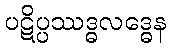
ပဋိပ္ပဿဒ္ဓလဒ္ဓေန